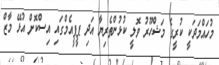
މުހައްމަދަކީ ކުރީގެ މަޝްހޫރު ވޮލީ ކުޅުންތެރިޔާ އަދި ޕީޕީއެމްގައި އިސްކޮށް އުޅޭ މާޒް